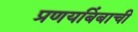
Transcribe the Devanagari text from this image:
प्रणयबिंबाची